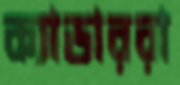
ক্যাডাররা